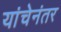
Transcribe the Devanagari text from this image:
यांचेनंतर